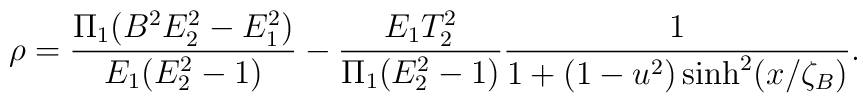
\rho =\frac{\Pi_{1}(B^{2}E_{2}^{2}-E_{1}^{2})}{E_{1}(E_{2}^{2}-1)}-\frac{E_{1}T_2^2}{\Pi_{1}(E_{2}^{2}-1)}\frac{1}{1+(1-u^{2})\sinh^{2}(x/\zeta_B)}.